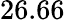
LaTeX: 26.66